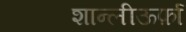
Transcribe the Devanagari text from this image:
शान्लीऊर्फ़ा